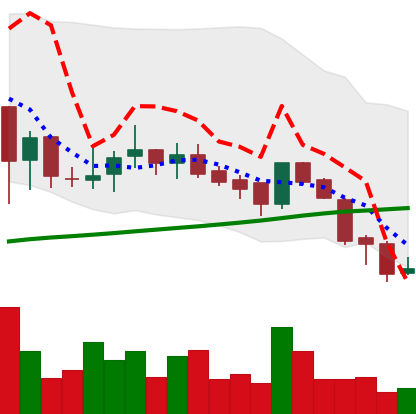
Ticker: BNB-USD
Chart end date: 2018-07-13
Forward return: 5.622%
Label: up_5_7